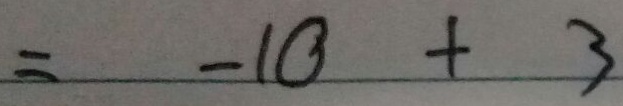
= - 1 0 + 3